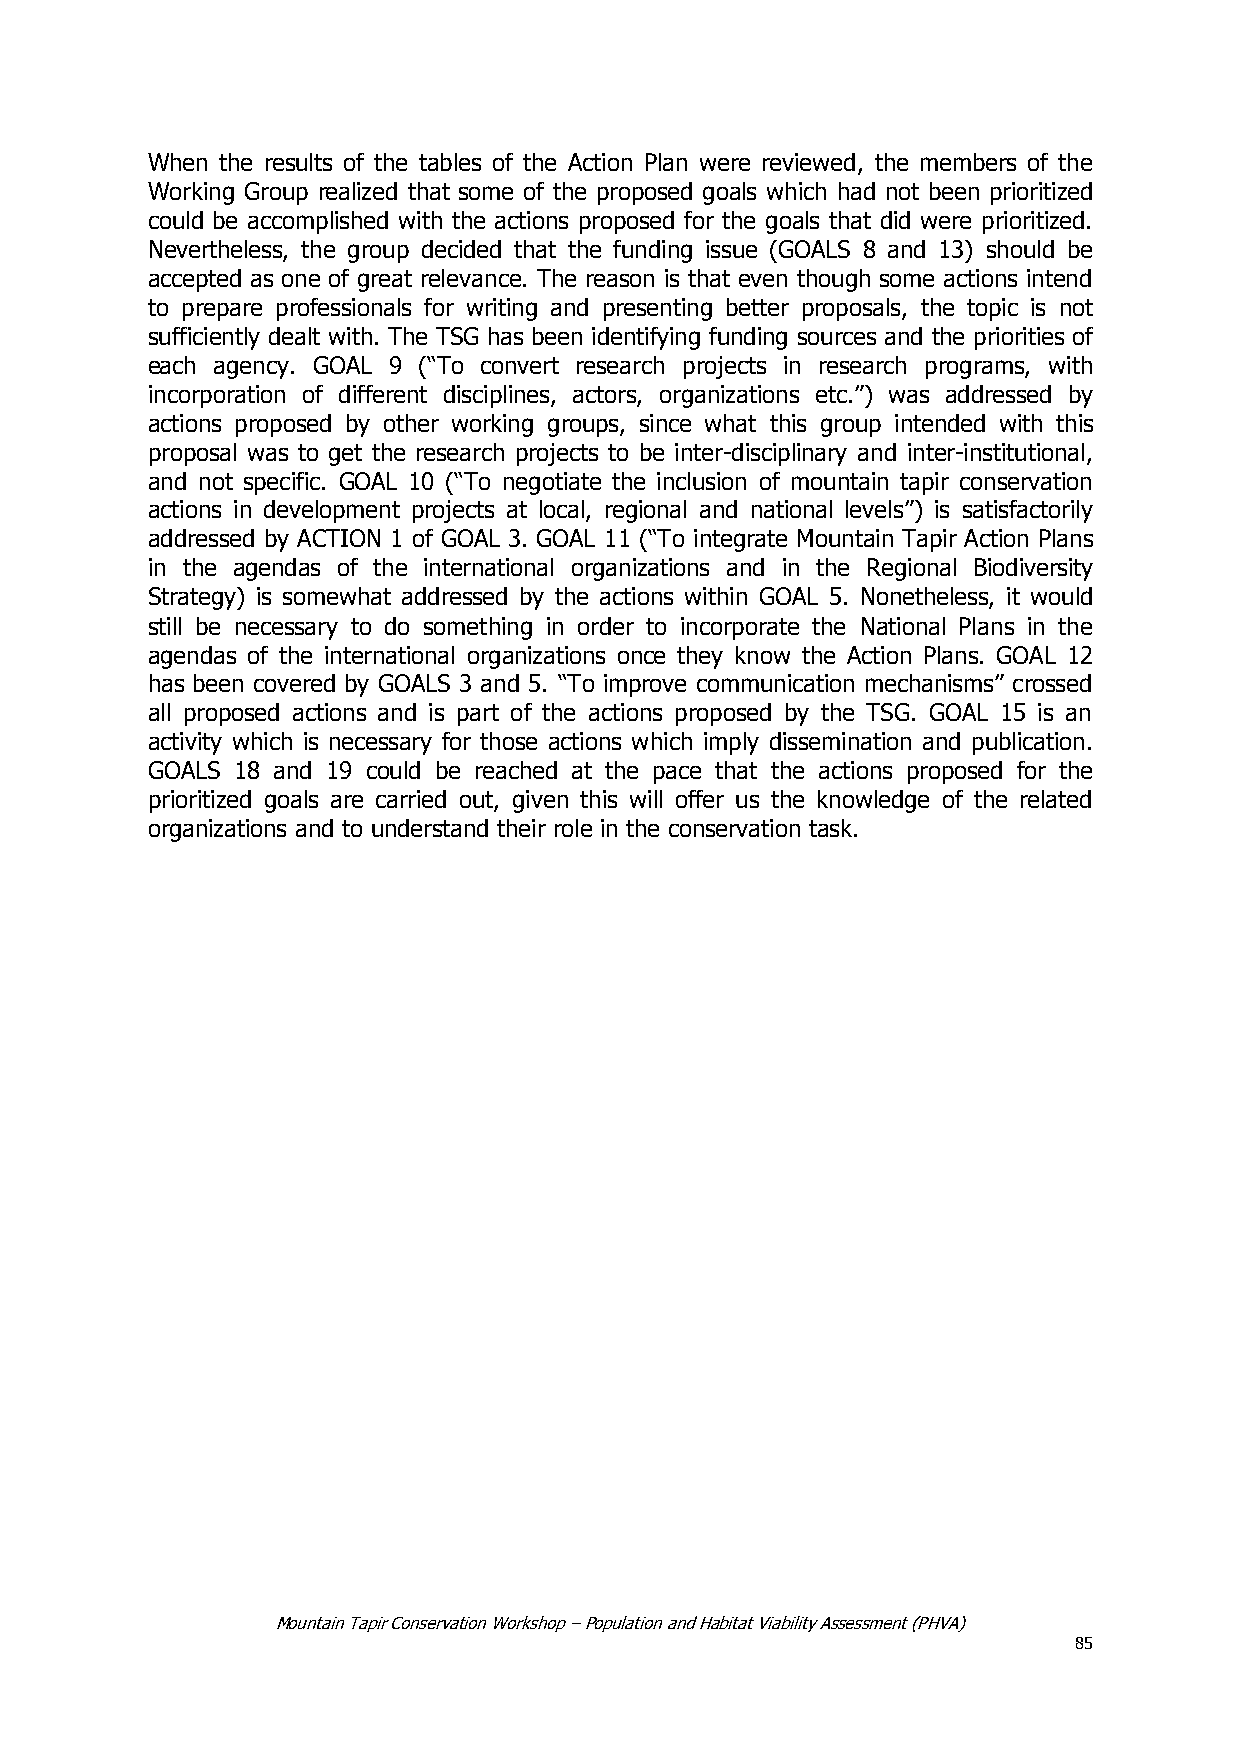
When the results of the tables of the Action Plan were reviewed, the members of the
 Working Group realized that some of the proposed goals which had not been prioritized
 could be accomplished with the actions proposed for the goals that did were prioritized.
 Nevertheless, the group decided that the funding issue (GOALS 8 and 13) should be
 accepted as one of great relevance. The reason is that even though some actions intend
 to prepare professionals for writing and presenting better proposals, the topic is not
 sufficiently dealt with. The TSG has been identifying funding sources and the priorities of
 each agency. GOAL 9 (―To convert research projects in research programs, with
 incorporation of different disciplines, actors, organizations etc.‖) was addressed by
 actions proposed by other working groups, since what this group intended with this
 proposal was to get the research projects to be inter-disciplinary and inter-institutional,
 and not specific. GOAL 10 (―To negotiate the inclusion of mountain tapir conservation
 actions in development projects at local, regional and national levels‖) is satisfactorily
 addressed by ACTION 1 of GOAL 3. GOAL 11 (―To integrate Mountain Tapir Action Plans
 in the agendas of the international organizations and in the Regional Biodiversity
 Strategy) is somewhat addressed by the actions within GOAL 5. Nonetheless, it would
 still be necessary to do something in order to incorporate the National Plans in the
 agendas of the international organizations once they know the Action Plans. GOAL 12
 has been covered by GOALS 3 and 5. ―To improve communication mechanisms‖ crossed
 all proposed actions and is part of the actions proposed by the TSG. GOAL 15 is an
 activity which is necessary for those actions which imply dissemination and publication.
 GOALS 18 and 19 could be reached at the pace that the actions proposed for the
 prioritized goals are carried out, given this will offer us the knowledge of the related
 organizations and to understand their role in the conservation task.
 Mountain Tapir Conservation Workshop – Population and Habitat Viability Assessment (PHVA)
 85